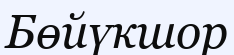
Бөйүкшор